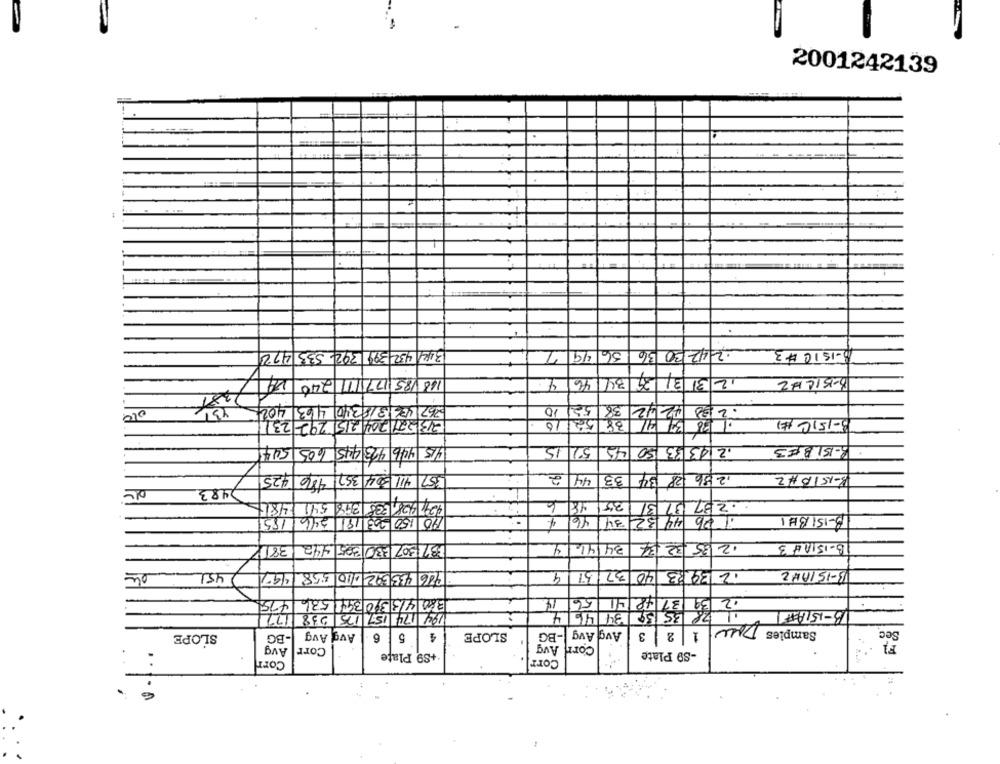
2001242139
2- 42 30 36
8-1ST #3
344 452399 302 533 472
46
34
12/3/31/39
B-KILAZ
168 885 177 111 240 24 7381
4242
267 43313/8340 463 4025
52/10
38
.2
52/10
123 39 41
B-15ICH
23221204 25 292 231
1
915 446 413 445 605 504
.243 33 50 42
8-151BE3
406 425
2 86 28 34
411 304 357
357
44 2
33
B-151B#2
2483
4.241 428,338 398 54114817
18 6
351
. 2 67 37 31
185
24/6
110 150 203 18 2416 185
44 32 34 46
B-ISIBHI
3-15/14 3
:37: 307 230 325 442
34146 4
12 35 32 34
37 51
12 3983 40
B-ISTANZ
de
451
558 /1997
986 435592 110
1475
380 4/3390 391 536
561
39
.2
4
78 35 59 134 1466
B-1STAFF
Samples Dow
Avg Avg
5 6
4
SLOPE
BG
Avg Avg
1 |2 |3
Sec
SLOPE
-BG
Avg
Avg
Corr
Corn
+S9 Plate
-S9 Plate
Corr
Corr
..